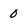
Character: 0